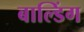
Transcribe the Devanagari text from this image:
बाल्डिंग